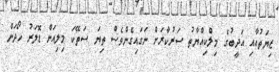
ޒިޔަތުއާއި އަދީބުގެ މިލްކިއްޔާތު ސަރުކާރަށް ނަގައިގެންވެސް ތިޔަ ސަތޭކަ މިލިއަން ޑޮލަރު ހޯދަން